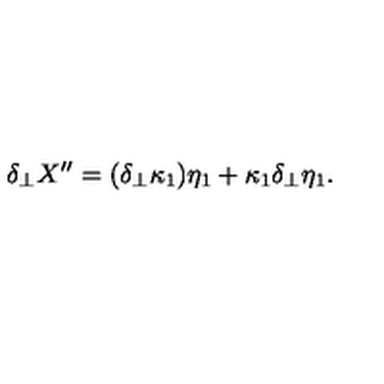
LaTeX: \delta _ { \perp } X ^ { \prime \prime } = ( \delta _ { \perp } \kappa _ { 1 } ) \eta _ { 1 } + \kappa _ { 1 } \delta _ { \perp } \eta _ { 1 } .